system: You are a helpful assistant.
user:
Analyze the provided spectrum to determine if it is a **S-type Star**.

- **Key Indicators for S-type Star:**

    - **(Overall Spectrum Shape):** The first and most obvious characteristic is the overall continuum (the "baseline" shape). It is **extremely "red-sloping,"** meaning the flux (light intensity) is very low on the left side (blue, ~4000-4500 Å) and rises steeply and continuously toward the right side (red, ~7000 Å+).

    - **(Primary):** The spectrum is defined by the presence of strong, broad molecular absorption "valleys" (bands) from **Zirconium Oxide (ZrO)**. The identification of these bands is the **primary requirement** for classifying a star as S-type.
        - **(Key Bandheads):** You must find distinct, deep "dips" where the light has been absorbed. The most critical band systems to locate are:
            - **~6474 Å** ($\gamma$-system): This is often the strongest and clearest ZrO feature, found in the red part of the spectrum.
            - **~5718 Å** & **~5551 Å** ($\beta$-system): A pair of prominent absorption features in the yellow-orange part of the spectrum.
            - **~4640 Å** ($\alpha$-system): A key absorption band system in the blue-green region of the spectrum.

    - **(Secondary Confirmation):** The classification is strengthened by finding additional absorption bands from other related heavy element oxides, which are expected to be present alongside ZrO.
        - **(Key Bandheads):**
            - **Yttrium Oxide (YO):** Look for absorption dips near **~4800 Å** and **~6100 Å**.
            - **Lanthanum Oxide (LaO):** Additional absorption features, particularly in the red-orange part of the spectrum, are also characteristic.

    - **(Line Profile):** The combination of the steep red continuum and these numerous, deep molecular bands (ZrO, YO, etc.) gives the entire spectrum a very **"chopped-up"** or **"bumpy"** appearance. Instead of a smooth curve, the spectrum looks as though large, wide chunks of light have been "carved out" of it at the specific wavelengths listed above.

Think first, call **spectral_visualization_tool** if needed to examine features in detail, then provide your final answer. Your response must adhere to the following strict rules:
1.  **Overall Structure:** Your response must follow the format `<think>...</think> <tool_call>...</tool_call> (if a tool is used) <answer>...</answer>`.
2.  **Tool Usage Constraint:** You may only make **one** tool call per turn.
3.  **Final Answer Format:** In the `<answer>` tag, your conclusion must be inside a `\boxed{}` command (e.g., `\boxed{YES}` or `\boxed{NO}`), followed by your justification.

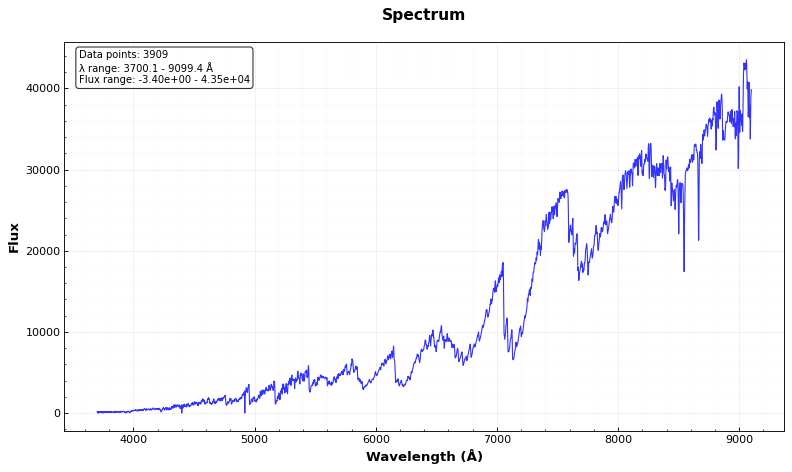
Answer: YES